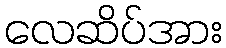
လေဆိပ်အား